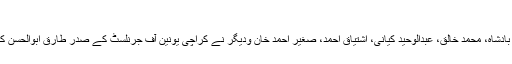
طارق ابو الحسن سے تعزیت
نیشنل لیبر فیڈریشن کراچی کے صدر عبدالسلام، جنرل سیکرٹری محمدقاسم جمال، امان بادشاہ، محمد خالق، عبدالوحید کیانی، اشتیاق احمد، صغیر احمد خان ودیگر نے کراچی یونین آف جرنلسٹ کے صدر طارق ابوالحسن کے والد کے انتقال پر افسوس کا اظہار کرتے ہوئے مرحوم کی مغفرت کی دعا کی ہے۔